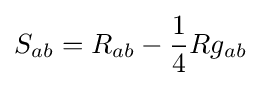
S_{ab}=R_{ab}-{\frac {1}{4}}Rg_{ab}